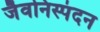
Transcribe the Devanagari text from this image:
जैवनिस्पंदन